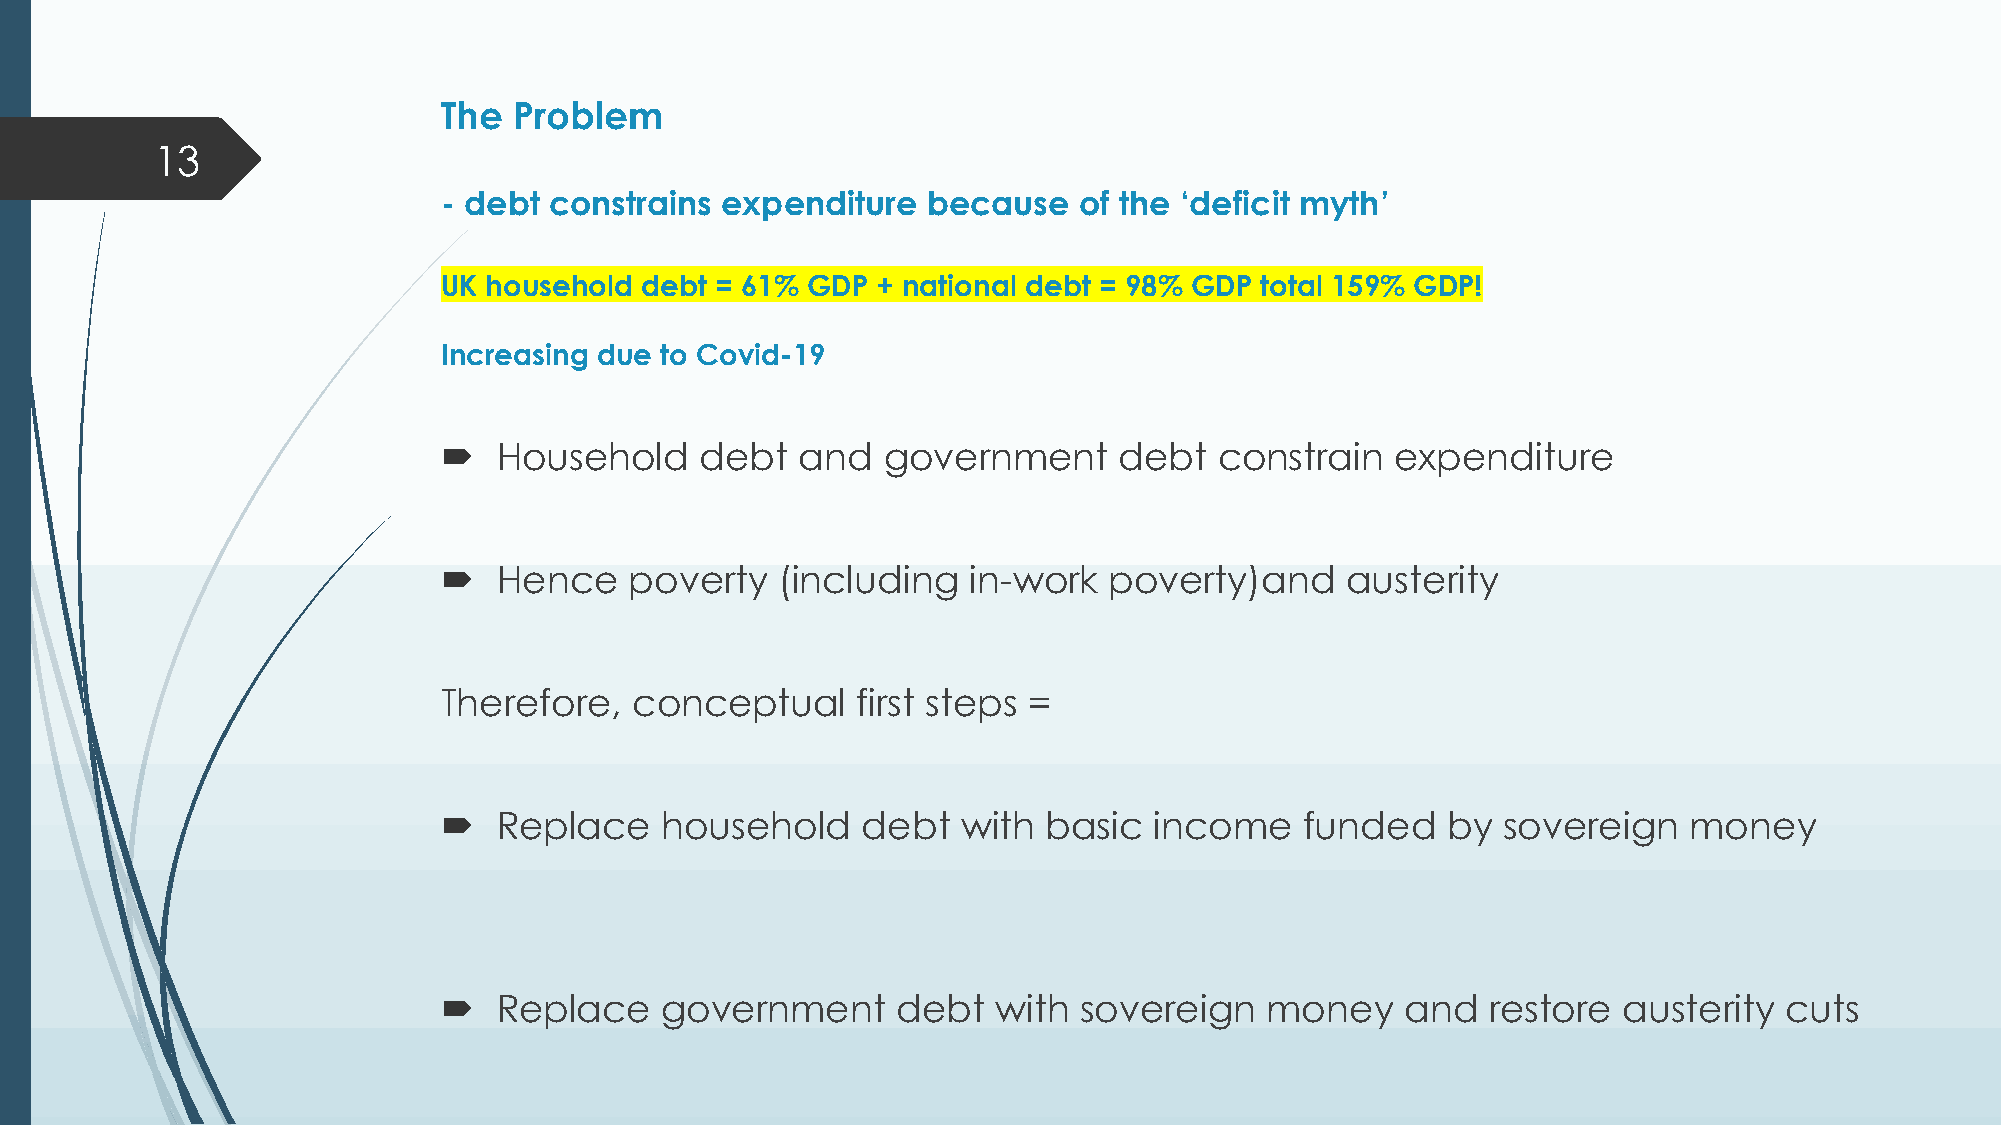
The  Problem
 13
 - debt constrains  expenditure  because   of the ‘deficit myth’
 UK household debt = 61% GDP  + national debt = 98% GDP total 159% GDP!
 Increasing due to Covid-19
 ´   Household    debt   and  government      debt   constrain  expenditure
 ´   Hence    poverty   (including  in-work  poverty)and     austerity
 Therefore,   conceptual     first steps =
 ´   Replace    household    debt   with basic  income    funded    by  sovereign   money
 ´   Replace    government     debt   with  sovereign   money    and   restore austerity  cuts